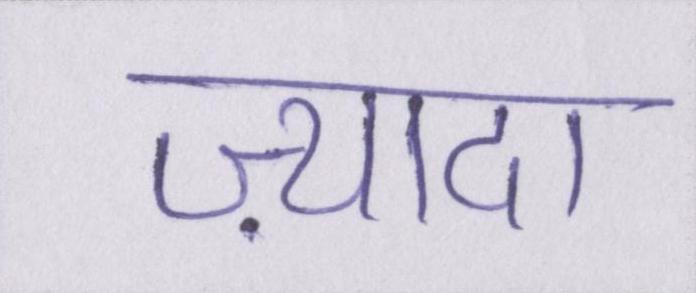
ज़्यादा